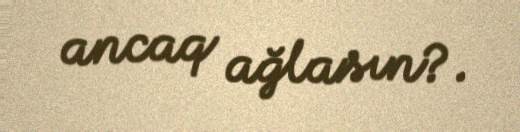
ancaq ağlasın?.